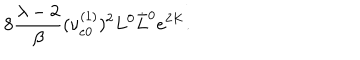
8 \frac { \lambda - 2 } { \beta } ( \nu _ { e 0 } ^ { ( 1 ) } ) ^ { 2 } L ^ { 0 } \bar { L } ^ { 0 } e ^ { 2 K } .